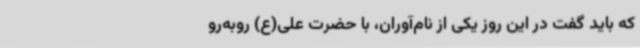
که باید گفت در این روز یکی‌ از نام‌آوران، با حضرت علی(ع) روبه‌رو